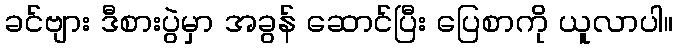
ခင်ဗျား ဒီစားပွဲမှာ အခွန် ဆောင်ပြီး ပြေစာကို ယူလာပါ။